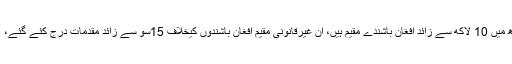
رپورٹ میں بتایا گیا ہے کہ صوبہ سندھ میں 10 لاکھ سے زائد افغان باشندے مقیم ہیں، ان غیرقانونی مقیم افغان باشندوں کیخلاف 15سو سے زائد مقدمات درج کئے گئے، 2896 افغان باشندوں کو گرفتار کیاگیا۔